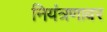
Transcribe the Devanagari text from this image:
नियंत्रणावर